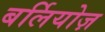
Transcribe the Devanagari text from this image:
बर्लियोज़